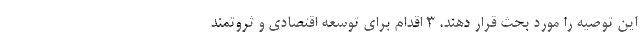
این توصیه را مورد بحث قرار دهند. 3 اقدام برای توسعه اقتصادی و ثروتمند